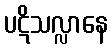
ပဋိသလ္လာနေ